Indian journal of veterinary science and animal husbandry - Volumes 18-21, 1948-1951
Year: 1948
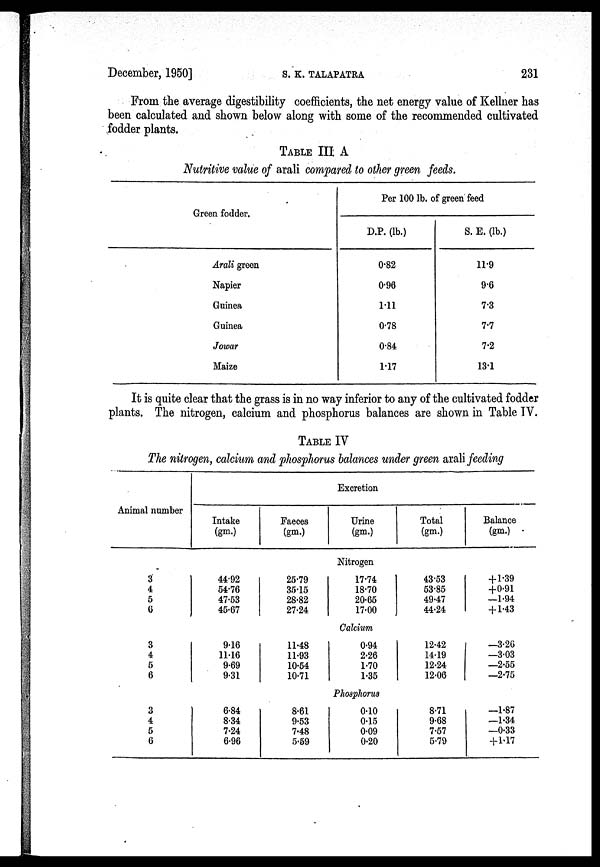
December, 1950]
S.
K.
TALAPATRA
231
From the average digestibility coefficients, the net energy value of Kellner has
been calculated and shown below along with some of the recommended cultivated
fodder plants.
TABLE III A
Nutritive value of arali compared to other green feeds.
Green fodder.
Arali green
Napier
Guinea
Guinea
Jowar
Maize
Per 100 lb. of green feed
D.P. (lb.)
0.82
0.96
1.11
0.78
0.84
1.17
S. E. (lb.)
11.9
9.6
7.3
7.7
7.2
13.1
It is quite clear that the grass is in no way inferior to any of the cultivated fodder
plants. The nitrogen, calcium and phosphorus balances are shown in Table IV.
TABLE IV
The nitrogen, calcium and phosphorus balances under green arali feeding
Animal number
Excretion
Intake
(gm.)
Faeces
(gm.)
Urine
(gm.)
Total
(gm.)
Balance
(gm.)
Nitrogen
3
4
5
6
44.92
54.76
47.53
45.67
25.79
35.15
28.82
27.24
17.74
18.70
20.65
17.00
43.53
53.85
49.47
44.24
+1.39
+0.91
—1.94
+1.43
Calcium
3
4
5
6
9.16
11.16
9.69
9.31
11.48
11.93
10.54
10.71
0.94
2.26
1.70
1.35
12.42
14.19
12.24
12.06
—3.26
—3.03
—2.55
—2.75
Phosphorus
3
4
5
6
6.84
8.34
7.24
6.96
8.61
9.53
7.48
5.59
0.10
0.15
0.09
0.20
8.71
9.68
7.57
5.79
—1.87
—1.34
—0.33
+1.17